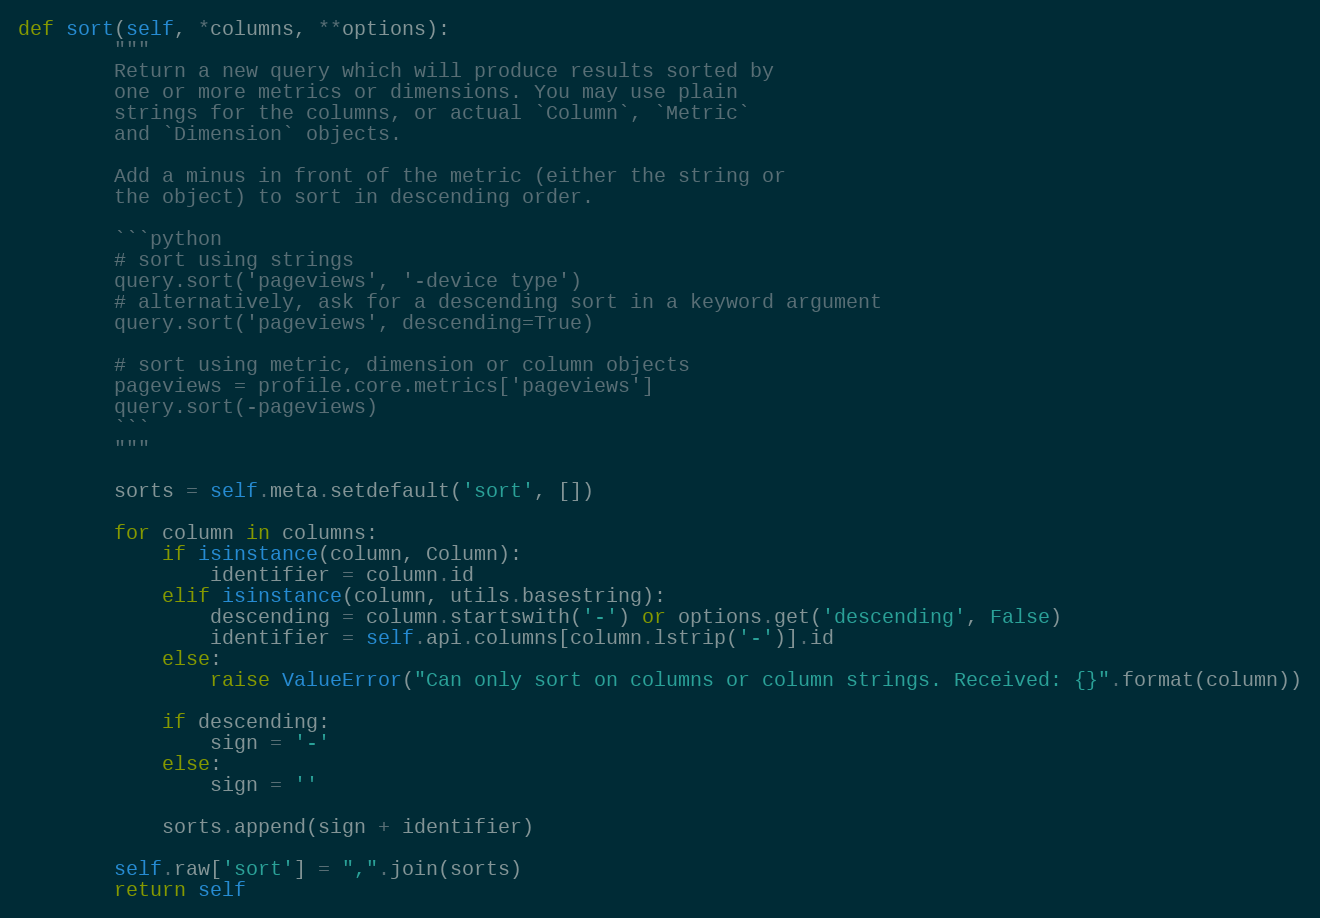
Language: Python
def sort(self, *columns, **options):
        """
        Return a new query which will produce results sorted by
        one or more metrics or dimensions. You may use plain
        strings for the columns, or actual `Column`, `Metric`
        and `Dimension` objects.

        Add a minus in front of the metric (either the string or
        the object) to sort in descending order.

        ```python
        # sort using strings
        query.sort('pageviews', '-device type')
        # alternatively, ask for a descending sort in a keyword argument
        query.sort('pageviews', descending=True)

        # sort using metric, dimension or column objects
        pageviews = profile.core.metrics['pageviews']
        query.sort(-pageviews)
        ```
        """

        sorts = self.meta.setdefault('sort', [])

        for column in columns:
            if isinstance(column, Column):
                identifier = column.id
            elif isinstance(column, utils.basestring):
                descending = column.startswith('-') or options.get('descending', False)
                identifier = self.api.columns[column.lstrip('-')].id
            else:
                raise ValueError("Can only sort on columns or column strings. Received: {}".format(column))

            if descending:
                sign = '-'
            else:
                sign = ''

            sorts.append(sign + identifier)

        self.raw['sort'] = ",".join(sorts)
        return self